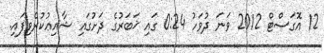
12 އޮގަސްޓް 2012 ވަނަ ދުވަހު 0:24 ގައި ޚަބަރުގެ ދަށުގައި ޝާއިޢުކުރެވިފައި.